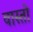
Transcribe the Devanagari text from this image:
वास्तो